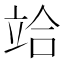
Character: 𥩻